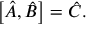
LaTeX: \left[ { \hat { A } } , { \hat { B } } \right] = { \hat { C } } .